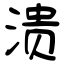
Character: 溃